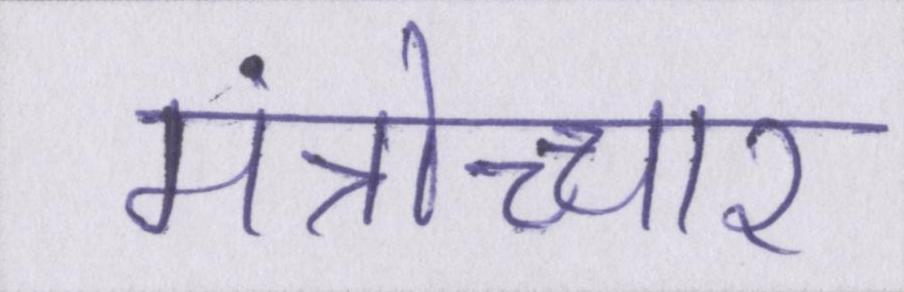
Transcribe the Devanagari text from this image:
मंत्रोच्चार